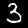
Label: 3